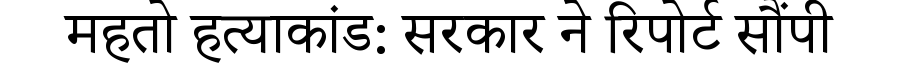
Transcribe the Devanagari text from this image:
महतो हत्याकांड: सरकार ने रिपोर्ट सौंपी